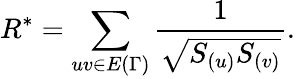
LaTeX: R^{*}=\sum_{uv\in E{(\Gamma)}}\frac{1}{\sqrt{S_{(u)}S_{(v)}}}.